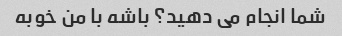
شما انجام می دهید؟ باشه با من خوبه